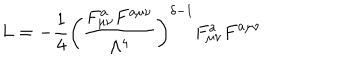
L = - \frac { 1 } { 4 } \left( \frac { F _ { \mu \nu } ^ { a } F ^ { a \mu \nu } } { \Lambda ^ { 4 } } \right) ^ { \delta - 1 } F _ { \mu \nu } ^ { a } F ^ { a \mu \nu }